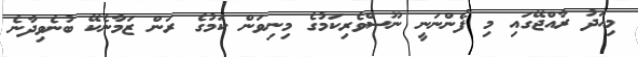
މިއަދު ރާއްޖޭގައި މި ފެންނަނީ ނޫސްވެރިކަމުގެ މިނިވަން ކަމުގެ ރަން ޒަމާނެކޭ ބުނެވިދާނެ